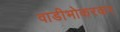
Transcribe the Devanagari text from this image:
वाडीभोकरकर